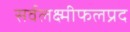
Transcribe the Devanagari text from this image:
सर्वलक्ष्मीफलप्रद